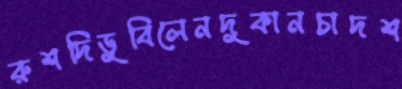
রুশদিডুবিলেনদুকানচাদশ